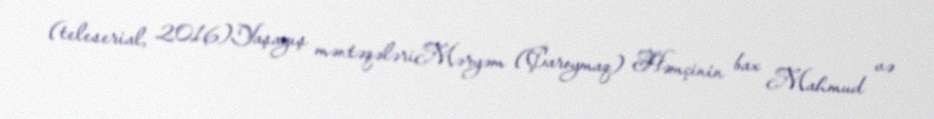
(teleserial, 2016)Yaşayış məntəqələriMəryəm (Çaroymaq) Həmçinin bax Mahmud və